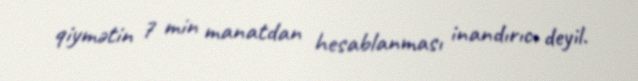
qiymətin 7 min manatdan hesablanması inandırıcı deyil.